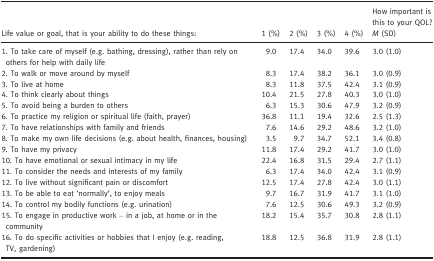
<table><thead><tr><td><b>Life value or goal, that is your ability to do these things:</b></td><td><b>1 (%)</b></td><td><b>2 (%)</b></td><td><b>3 (%)</b></td><td><b>4 (%)</b></td><td><b>How important is this to your QOL? <i>M</i> (SD)</b></td></tr></thead><tbody><tr><td>1. To take care of myself (e.g. bathing, dressing), rather than rely on others for help with daily life</td><td>9.0</td><td>17.4</td><td>34.0</td><td>39.6</td><td>3.0 (1.0)</td></tr><tr><td>2. To walk or move around by myself</td><td>8.3</td><td>17.4</td><td>38.2</td><td>36.1</td><td>3.0 (0.9)</td></tr><tr><td>3. To live at home</td><td>8.3</td><td>11.8</td><td>37.5</td><td>42.4</td><td>3.1 (0.9)</td></tr><tr><td>4. To think clearly about things</td><td>10.4</td><td>21.5</td><td>27.8</td><td>40.3</td><td>3.0 (1.0)</td></tr><tr><td>5. To avoid being a burden to others</td><td>6.3</td><td>15.3</td><td>30.6</td><td>47.9</td><td>3.2 (0.9)</td></tr><tr><td>6. To practice my religion or spiritual life (faith, prayer)</td><td>36.8</td><td>11.1</td><td>19.4</td><td>32.6</td><td>2.5 (1.3)</td></tr><tr><td>7. To have relationships with family and friends</td><td>7.6</td><td>14.6</td><td>29.2</td><td>48.6</td><td>3.2 (1.0)</td></tr><tr><td>8. To make my own life decisions (e.g. about health, finances, housing)</td><td>3.5</td><td>9.7</td><td>34.7</td><td>52.1</td><td>3.4 (0.8)</td></tr><tr><td>9. To have my privacy</td><td>11.8</td><td>17.4</td><td>29.2</td><td>41.7</td><td>3.0 (1.0)</td></tr><tr><td>10. To have emotional or sexual intimacy in my life</td><td>22.4</td><td>16.8</td><td>31.5</td><td>29.4</td><td>2.7 (1.1)</td></tr><tr><td>11. To consider the needs and interests of my family</td><td>6.3</td><td>17.4</td><td>34.0</td><td>42.4</td><td>3.1 (0.9)</td></tr><tr><td>12. To live without significant pain or discomfort</td><td>12.5</td><td>17.4</td><td>27.8</td><td>42.4</td><td>3.0 (1.1)</td></tr><tr><td>13. To be able to eat ‘normally’, to enjoy meals</td><td>9.7</td><td>16.7</td><td>31.9</td><td>41.7</td><td>3.1 (1.0)</td></tr><tr><td>14. To control my bodily functions (e.g. urination)</td><td>7.6</td><td>12.5</td><td>30.6</td><td>49.3</td><td>3.2 (0.9)</td></tr><tr><td>15. To engage in productive work – in a job, at home or in the community</td><td>18.2</td><td>15.4</td><td>35.7</td><td>30.8</td><td>2.8 (1.1)</td></tr><tr><td>16. To do specific activities or hobbies that I enjoy (e.g. reading, TV, gardening)</td><td>18.8</td><td>12.5</td><td>36.8</td><td>31.9</td><td>2.8 (1.1)</td></tr></tbody></table>